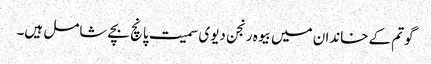
گوتم کے خاندان میں بیوہ رنجن دیوی سمیت پانچ بچے شامل ہیں۔